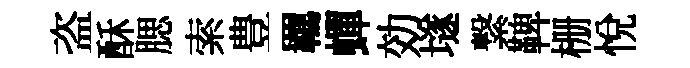
盗酥腮索豊羈蟬効𡑞繋鞞栅悅